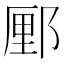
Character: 䣑